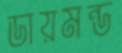
ডায়মন্ড